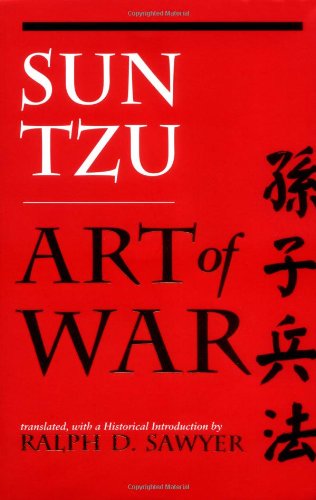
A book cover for The Art of War (History and Warfare); Sun Tzu; Business & Money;